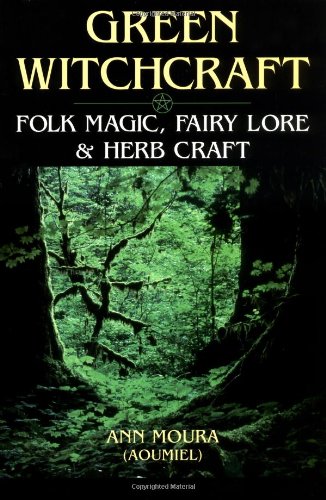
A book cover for Green Witchcraft: Folk Magic, Fairy Lore & Herb Craft (Green Witchcraft Series); Ann Moura; Religion & Spirituality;